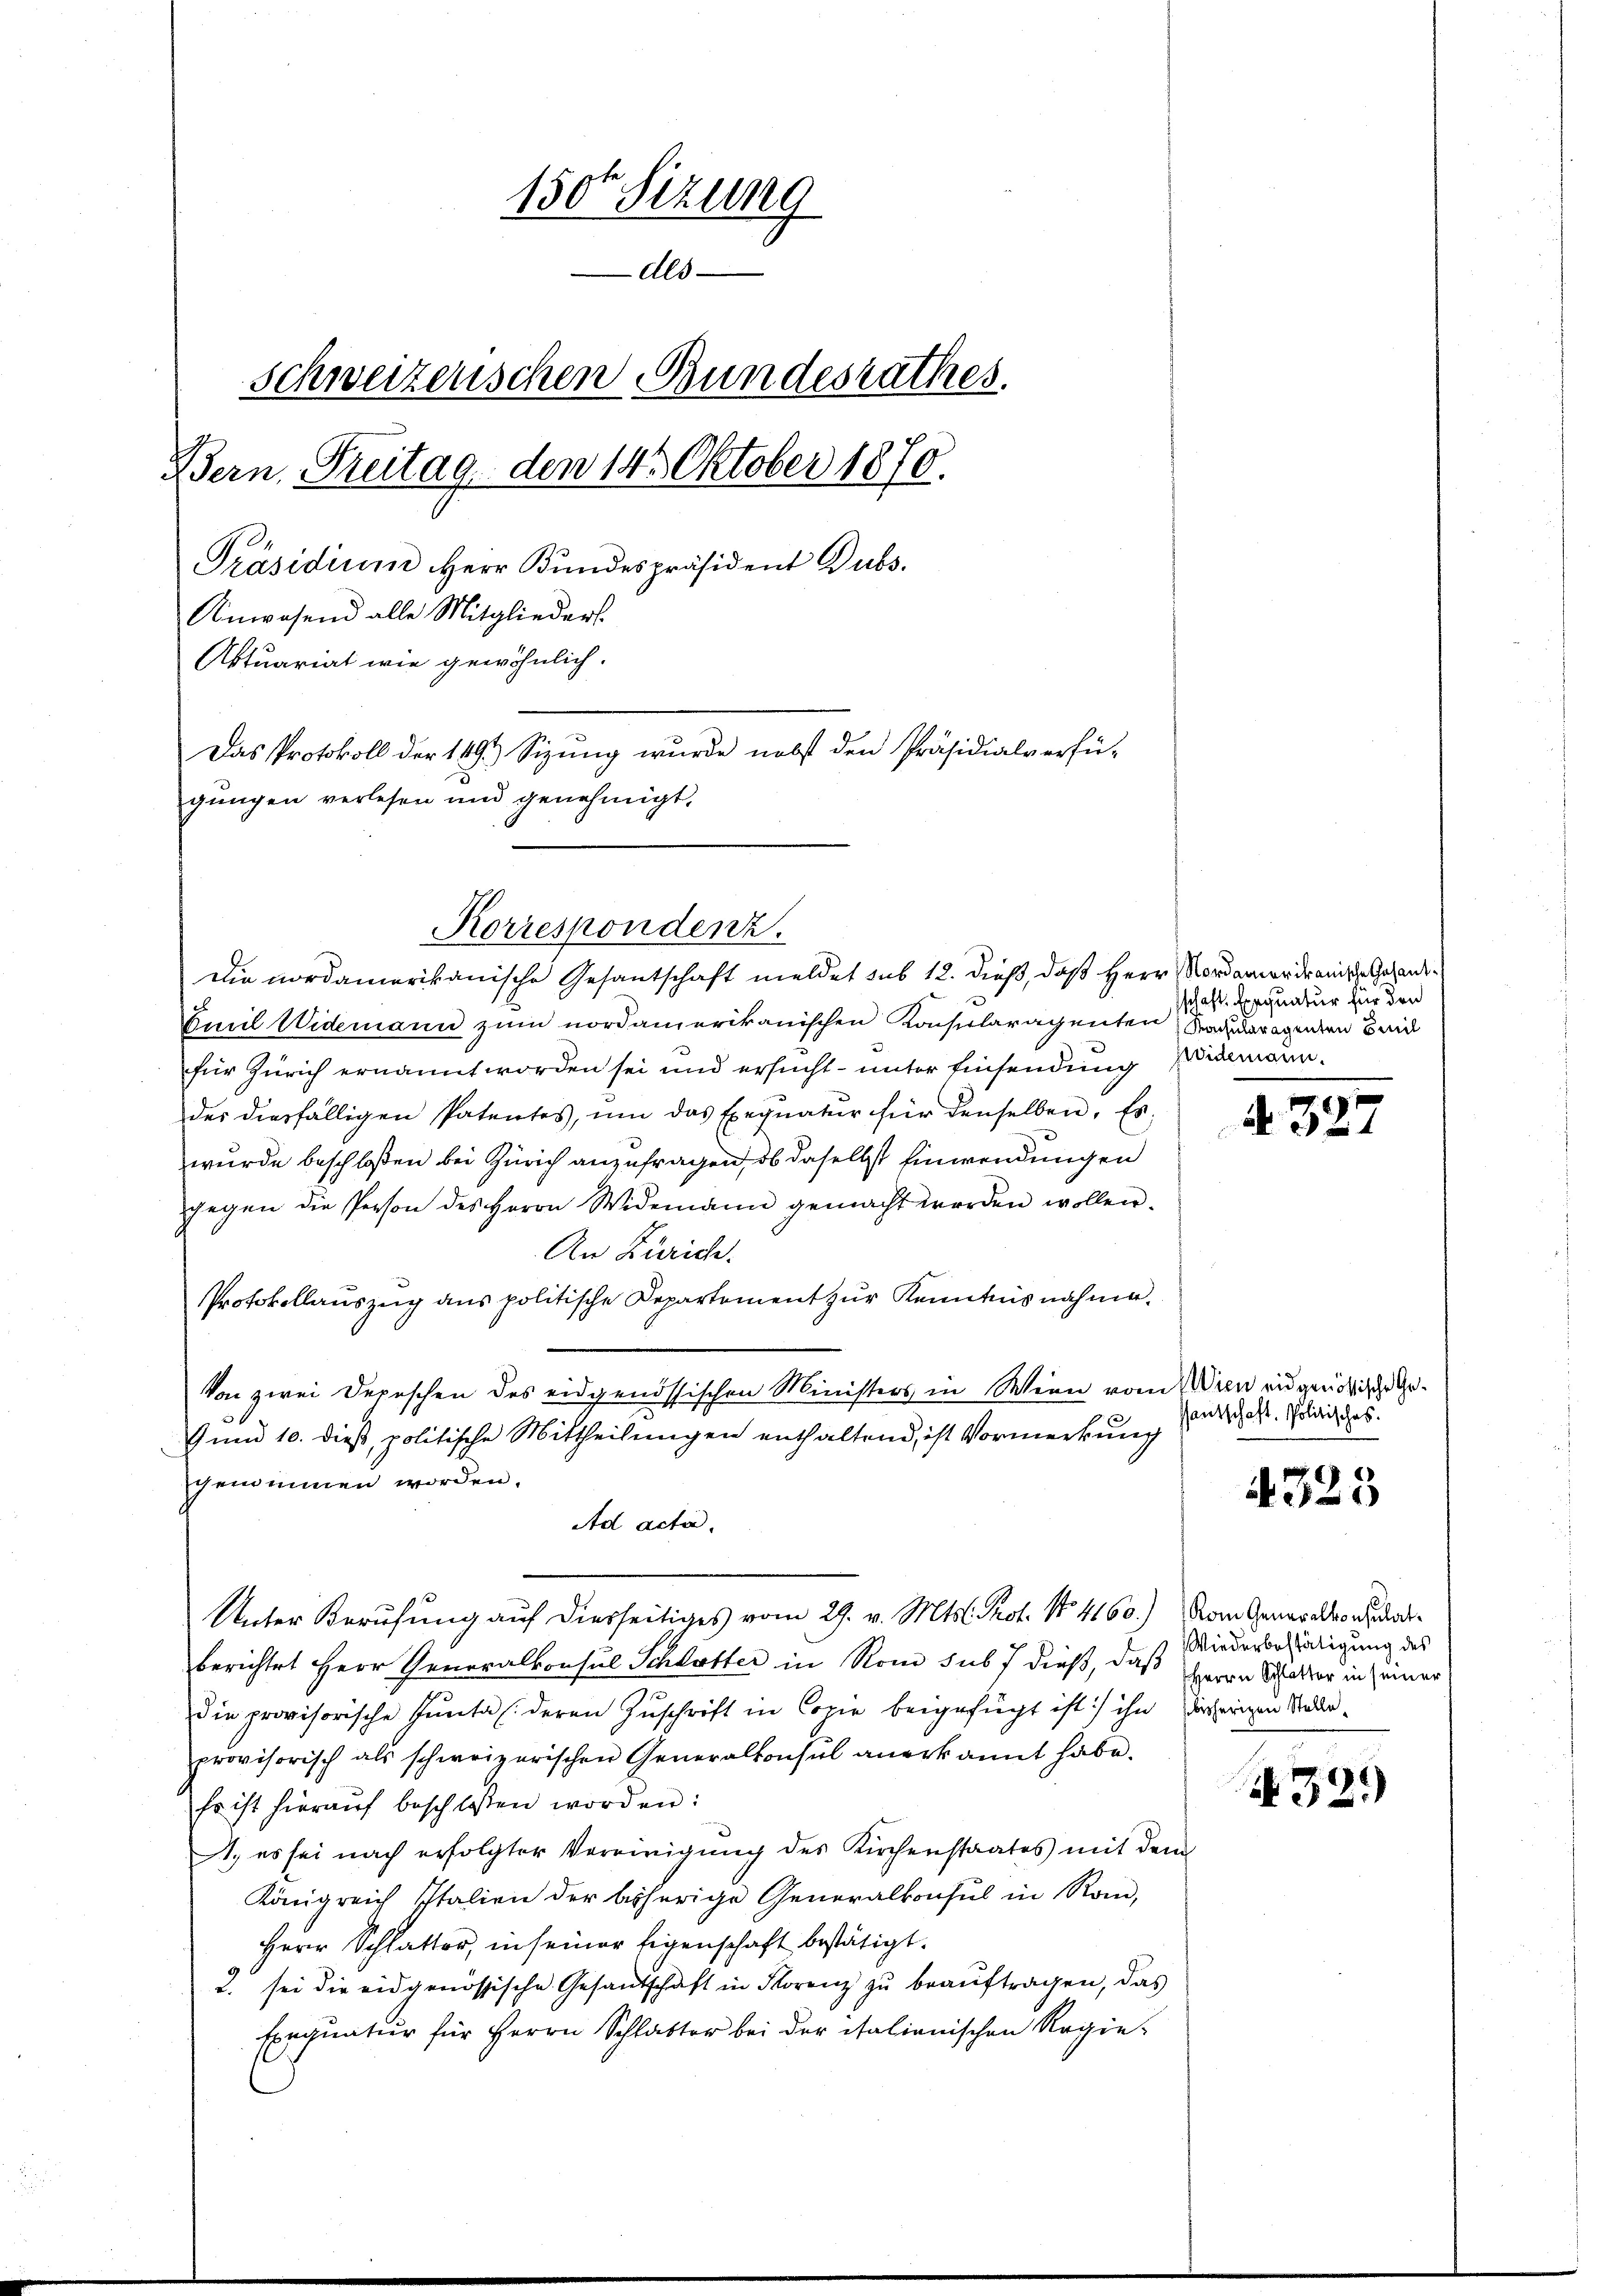
1500 Sizung
Als
Schweizerischen Bundesrathes.
Bern Preitag den 145 Oktober 1870.
Präsidium Herr Bundespräsident Dubs
Anwesend alle Mitglieders
Aktuariat wie gewöhnlich.
Das Protokoll der 1491) Sizung wurde nebst den Präsidialverfü-
gungen verlesen und genehmigt.

Emil Widemann zum nordamerikanischen Konsularagenten Saueragenten Beid
für Zürich ernannt worden sei und ersucht- unter Einsendung Widmanndes diesfälligen Patentes, um das Exequatur für denselben. Es
wurde beschloßen bei Zürich anzufragen, ob daselbst Einwendungen
gegen die Person des Herrn Widemann gemacht worden wollen.
An Zürich.
Protokollauszug aus politische Departement zur Kenntnisnahme.
Von zwei Depeschen des eidgenössischen Ministers in Wien vom Wien eidgenößische Gep
9 und 10. dieß, politische Mittheilungen enthaltend, ist Vormerkung
cherimen worden.
Ad acta.
Unter Berufung auf diesseitiges vom 29. v. Mts. Prof. No. 4160.) Vom Generaltordberichtet Herr Generalkonsul Schlotter in Rom sub 7 dieß, daß Herrn Wetter in seiner
die provisorische Gunta (deren Zuschrift in Copie beigefügt ist ihn bisherigen Studenprovisorisch als schweizerischen Generalkonsul anerkannt habe.
Er ist hieraŭf beschlossen worden:
A. es sei nach erfolgter Vereinigung des Kirchenstaates mit dem
Königreich Italien der bisherige Generalkonsul in Rom,
Herr Schlatter, in seiner Eigenschaft bestätigt.
2. sei die eidgenössische Gesandtschaft in Storenz zŭ beaŭftragen, das
Exequatur für Herrn Schlakter bei der italienischen Regie¬

Korrespondenz.
Die nordamerikanische Gesandtschaft meldet sub 12. dieß, daß Herr Nordamerikanische Gesand¬

schaft. Exequatur für den

d 327

santschaft. Politisches.

4325

Wiederbestätigung des

32.)